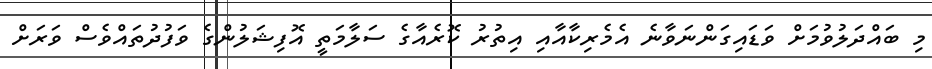
މި ބައްދަލުވުމަށް ވަޑައިގަންނަވާނެ އެމެރިކާއާއި އިތުރު ކޮރެއާގެ ސަލާމަތީ އޮފިޝަލުންގެ ވަފުދުތައްވެސް ވަރަށް